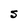
Character: S